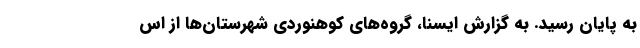
به پایان رسید. به گزارش ایسنا، گروه‌های کوهنوردی شهرستان‌ها از اس